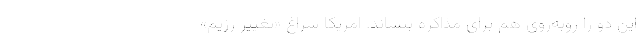
اين دو را روبه‌روي هم براي مذاكره بنشاند. امريكا سراغ «تغيير رژيم»